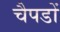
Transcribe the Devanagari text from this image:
चैपडों